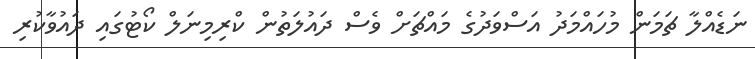
ނަޑެއްލާ ޗަމަން މުހައްމަދު އަސްވަދުގެ މައްޗަށް ވެސް ދައުލަތުން ކްރިމިނަލް ކޯޓުގައި ދައުވާކުރި